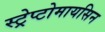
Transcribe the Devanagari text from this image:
स्ट्रेप्टोमायसिन